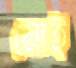
মোই